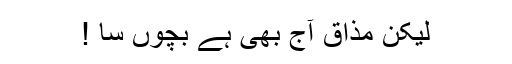
لیکن مذاق آج بھی ہے بچوں سا !